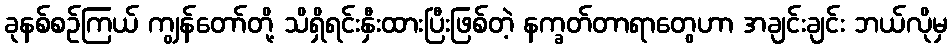
ခုနစ်စဉ်ကြယ် ကျွန်တော်တို့ သိရှိရင်းနှီးထားပြီးဖြစ်တဲ့ နက္ခတ်တာရာတွေဟာ အချင်းချင်း ဘယ်လိုမှ